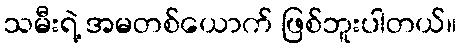
သမီးရဲ့ အမတစ်ယောက် ဖြစ်ဘူးပါတယ်။